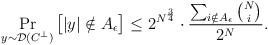
LaTeX: \begin{align*} \Pr_{y\sim\mathcal{D}(C^\perp)}\big[|y|\notin A_\epsilon\big]\leq 2^{N^{\frac{3}{4}}}\cdot \frac{\sum_{i\notin A_\epsilon}\binom{N}{i}}{2^N}.\end{align*}